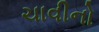
ચાવીનો